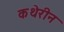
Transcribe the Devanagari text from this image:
कथेरीन